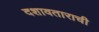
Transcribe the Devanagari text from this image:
दशावताराची